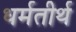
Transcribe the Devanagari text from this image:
धर्मतीर्थ